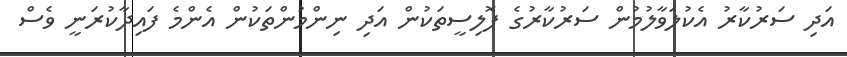
އަދި ސަރުކާރު އެކުލަވާލުމުން ސަރުކާރުގެ ޕޮލިސީތަކުން އަދި ނިންމުންތަކުން އެންމެ ފައިދާކުރަނީ ވެސް